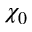
\chi _ { 0 }